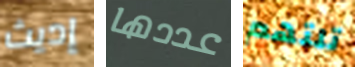
إديث عددها تلتهم